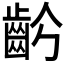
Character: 𪗣